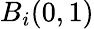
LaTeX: B_{i}(0,1)